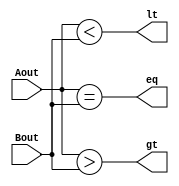
module CMP(Aout,Bout,lt,gt,eq);
    input [15:0] Aout,Bout;
    output lt,gt,eq;

    assign lt=Aout<Bout;
    assign gt=Aout>Bout;
    assign eq=Aout==Bout;

endmodule